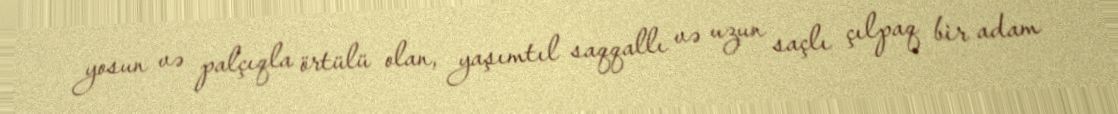
yosun və palçıqla örtülü olan, yaşımtıl saqqallı və uzun saçlı çılpaq bir adam